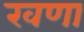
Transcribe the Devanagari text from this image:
खणा